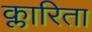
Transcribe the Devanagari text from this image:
क्लारिता